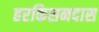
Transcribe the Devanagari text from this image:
हरकिसनदास